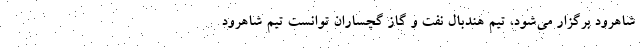
شاهرود برگزار می‌شود، تیم هندبال نفت و گاز گچساران توانست تیم شاهرود